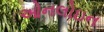
ઓનલોઇન